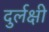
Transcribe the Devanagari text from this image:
दुर्लक्षी